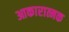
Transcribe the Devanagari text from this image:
आकारात्मक